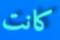
كانت